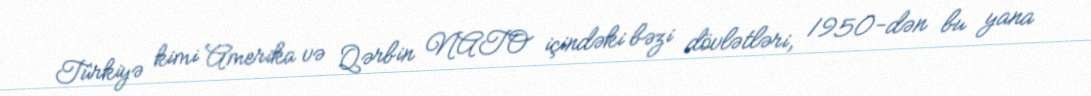
Türkiyə kimi Amerika və Qərbin NATO içindəki bəzi dövlətləri, 1950-dən bu yana